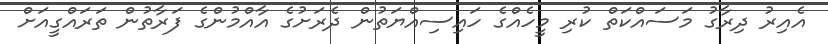
އެއިރު ދިރާގު މަސައްކަތް ކުރި މީހެއްގެ ހައިސިއްޔަތުން ދެރަށުގެ އާއްމުންގެ ފަރާތުން ތަރައްގީއަށް